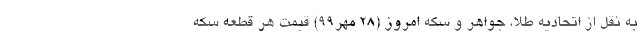
به نقل از اتحادیه طلا، جواهر و سکه امروز (۲۸ مهر۹۹) قیمت هر قطعه سکه